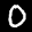
Label: 0